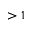
> 1